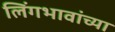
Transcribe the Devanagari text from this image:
लिंगभावांच्या